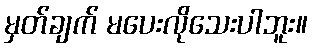
မှတ်ချက် မပေးလိုသေးပါဘူး။